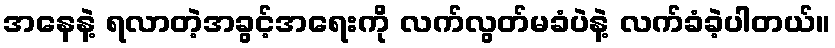
အနေနဲ့ ရလာတဲ့အခွင့်အရေးကို လက်လွတ်မခံပဲနဲ့ လက်ခံခဲ့ပါတယ်။